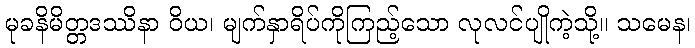
မုခနိမိတ္တဒဿိနာ ဝိယ၊ မျက်နှာရိပ်ကိုကြည့်သော လုလင်ပျိုကဲ့သို့။ သမေန၊